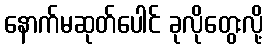
နောက်မဆုတ်ပေါင် ခုလိုတွေးလို့